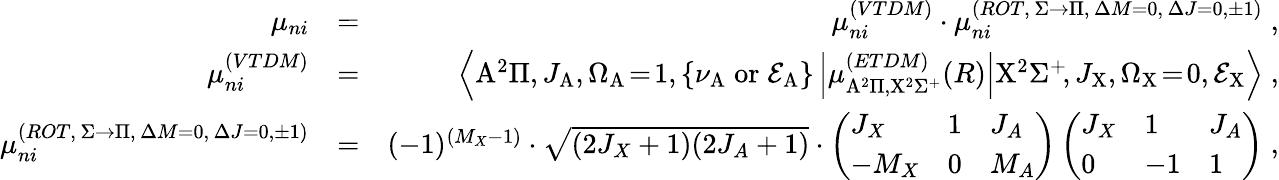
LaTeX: \begin{array}{rlr}{\mu_{ni}}&{=}&{\mu_{ni}^{(VTDM)}\cdot\mu_{ni}^{(ROT,\, \Sigma\rightarrow\Pi,\, \Delta{M}=0,\, \Delta{J}=0,\pm 1)}\; ,}\\ {\mu_{ni}^{(VTDM)}}&{=}&{\left<\mathrm{A}^{2}\Pi,J_{\mathrm{A}},\Omega_{\mathrm{A}}\! =\! 1,\left\{ \nu_{\mathrm{A}}\mathrm{\; or\; }\mathcal{E}_{\mathrm{A}}\right\} \left|\mu_{\mathrm{A}^{2}\Pi,\mathrm{X}^{2}\Sigma^{+}}^{(ETDM)}(R)\right|\mathrm{X}^{2}\Sigma^{+}\! ,J_{\mathrm{X}},\Omega_{\mathrm{X}}\! =\! 0,\mathcal{E}_{\mathrm{X}}\right>\; ,}\\ {\mu_{ni}^{(ROT,\, \Sigma\rightarrow\Pi,\, \Delta{M}=0,\, \Delta{J}=0,\pm 1)}}&{=}&{(-1)^{(M_{X}-1)}\cdot\sqrt{(2J_{X}+1)(2J_{A}+1)}\cdot\left(\begin{array}{lll}{J_{X}}&{1}&{J_{A}}\\ {-M_{X}}&{0}&{M_{A}}\end{array}\right)\left(\begin{array}{lll}{J_{X}}&{1}&{J_{A}}\\ {0}&{-1}&{1}\end{array}\right)\; ,}\end{array}